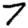
Digit: 7